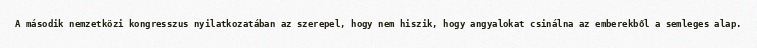
A második nemzetközi kongresszus nyilatkozatában az szerepel, hogy nem hiszik, hogy angyalokat csinálna az emberekből a semleges alap.